Vaccination in Bombay 1924-1928 - 1924-1928
Year: 1924
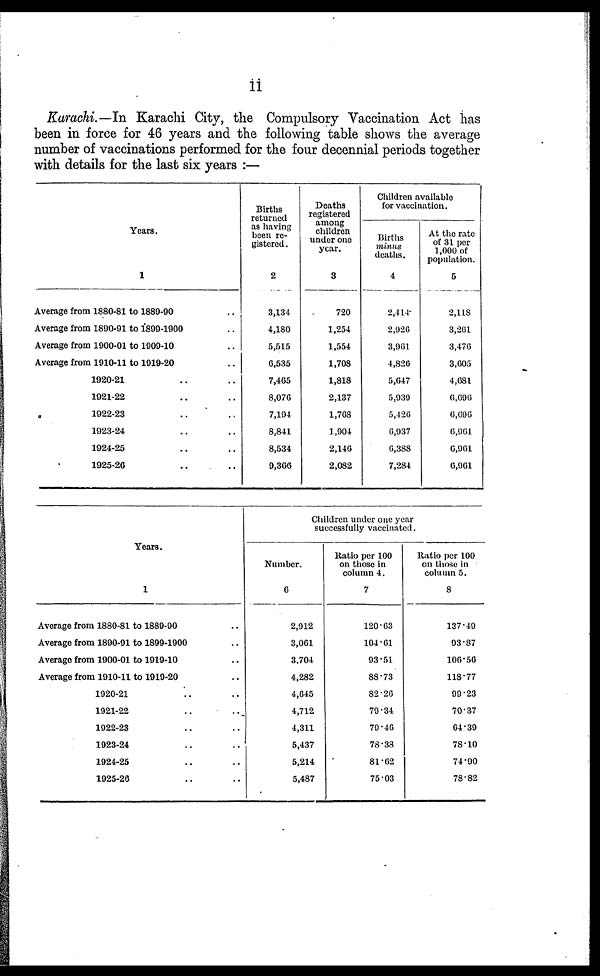
ii
Karachi.—In Karachi City, the Compulsory Vaccination Act has
been in force for 46 years and the following table shows the average
number of vaccinations performed for the four decennial periods together
with details for the last six years :—
Years.
1
Average from 1880-81 to 1880-90 ..
Average from 1890-01 to 1899-1900 ..
Average from 1900-01 to 1009-10 ..
Average from 1910-11 to 1919-20 ..
1920-21 .. ..
1921-22 .. ..
1922-23 .. ..
1923-24 .. ..
1924-25 .. ..
1925-20 .. ..
Births
returned
as having
been re-
gistered.
2
3,134
4,180
5,515
6,535
7,465
8,076
7,194
8,841
8,534
9,366
Deaths
registered
among
children
under one
year.
3
720
1,254
1,554
1,708
1,818
2,137
1,768
1,904
2,146
2,082
Children available
for vaccination.
Births
minus
deaths.
4
2,414
2,926
3,961
4,826
5,647
5,939
5,426
6,937
6,388
7,284
At the rate
of 31 per
1,000 of
population.
5
2,118
3,261
3,476
3,605
4,681
6,696
6,696
6,961
6,961
6,961
Years.
1
Average from 1880-81 to 1889-90 ..
Average from 1890-91 to 1890-1900 ..
Average from 1900-01 to 1919-10 ..
Average from 1910-11 to 1919-20 ..
1020-21 .. ..
1921-22
..
..
1922-23 .. ..
1923-24 .. ..
1924-25 .. ..
1925-26 .. ..
Children under one year
successfully vaccinated.
Number.
6
2,912
3,061
3,704
4,282
4,645
4,712
4,311
5,437
5,214
5,487
Ratio per 100
on those in
column 4.
7
120.63
104.61
93.51
88.73
82.26
79.34
79.46
78.38
81.62
75.03
Ratio per 100
on those in
column 5.
8
137.49
93.87
106.56
118.77
99.23
70.37
64.39
78.10
74.90
78.82